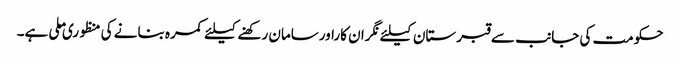
حکومت کی جانب سے قبرستان کیلئے نگران کاراورسامان رکھنے کیلئے کمرہ بنانے کی منظوری ملی ہے۔